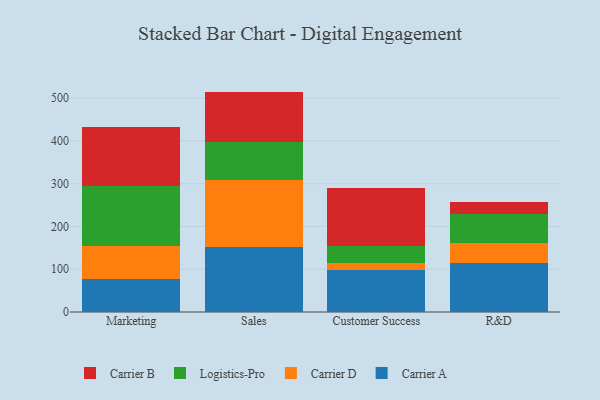
{"axis": {"x": "Department", "y": "Humidity (%)"}, "legend": ["Carrier A", "Carrier B", "Carrier D", "Logistics-Pro"], "data": [{"x": "Marketing", "y": 76.0, "type": "Carrier A"}, {"x": "Marketing", "y": 77.8, "type": "Carrier D"}, {"x": "Marketing", "y": 139.8, "type": "Logistics-Pro"}, {"x": "Marketing", "y": 138.7, "type": "Carrier B"}, {"x": "Sales", "y": 151.3, "type": "Carrier A"}, {"x": "Sales", "y": 157.1, "type": "Carrier D"}, {"x": "Sales", "y": 90.1, "type": "Logistics-Pro"}, {"x": "Sales", "y": 116.8, "type": "Carrier B"}, {"x": "Customer Success", "y": 98.4, "type": "Carrier A"}, {"x": "Customer Success", "y": 16.0, "type": "Carrier D"}, {"x": "Customer Success", "y": 39.7, "type": "Logistics-Pro"}, {"x": "Customer Success", "y": 135.6, "type": "Carrier B"}, {"x": "R&D", "y": 113.8, "type": "Carrier A"}, {"x": "R&D", "y": 47.7, "type": "Carrier D"}, {"x": "R&D", "y": 68.7, "type": "Logistics-Pro"}, {"x": "R&D", "y": 26.7, "type": "Carrier B"}]}